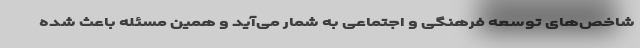
شاخص‌های توسعه فرهنگی و اجتماعی به شمار می‌آید و همین مسئله باعث شده